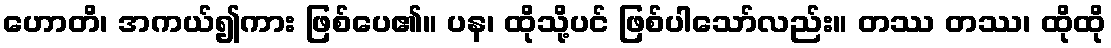
ဟောတိ၊ အကယ်၍ကား ဖြစ်ပေ၏။ ပန၊ ထိုသို့ပင် ဖြစ်ပါသော်လည်း။ တဿ တဿ၊ ထိုထို